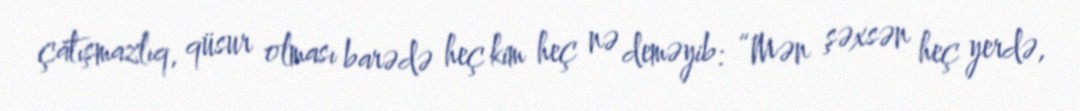
çatışmazlıq, qüsur olması barədə heç kim heç nə deməyib: “Mən şəxsən heç yerdə,